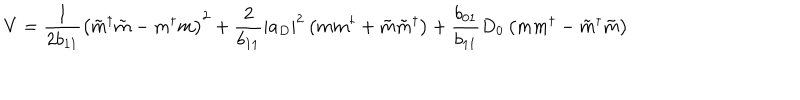
LaTeX: V = \frac { 1 } { 2 { b } _ { 1 1 } } \left( \tilde { m } ^ { \dagger } \tilde { m } - m ^ { \dagger } m \right) ^ { 2 } + \frac { 2 } { { b } _ { 1 1 } } \left| a _ { D } \right| ^ { 2 } \left( m m ^ { \dagger } + \tilde { m } \tilde { m } ^ { \dagger } \right) + \frac { { b } _ { 0 1 } } { { b } _ { 1 1 } } D _ { 0 } \left( m m ^ { \dagger } - \tilde { m } ^ { \dagger } \tilde { m } \right)